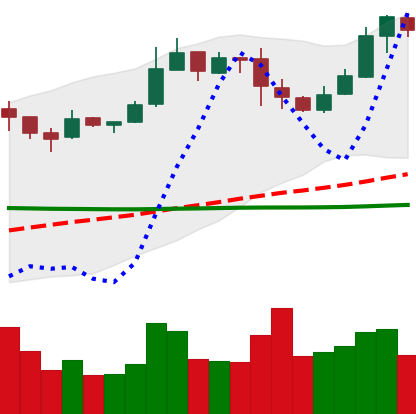
Ticker: BNB-USD
Chart end date: 2019-03-03
Forward return: 24.52%
Label: up_7plus